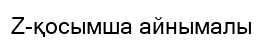
Z-қосымша айнымалы